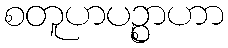
စတူဟပဉ္စာဟာ